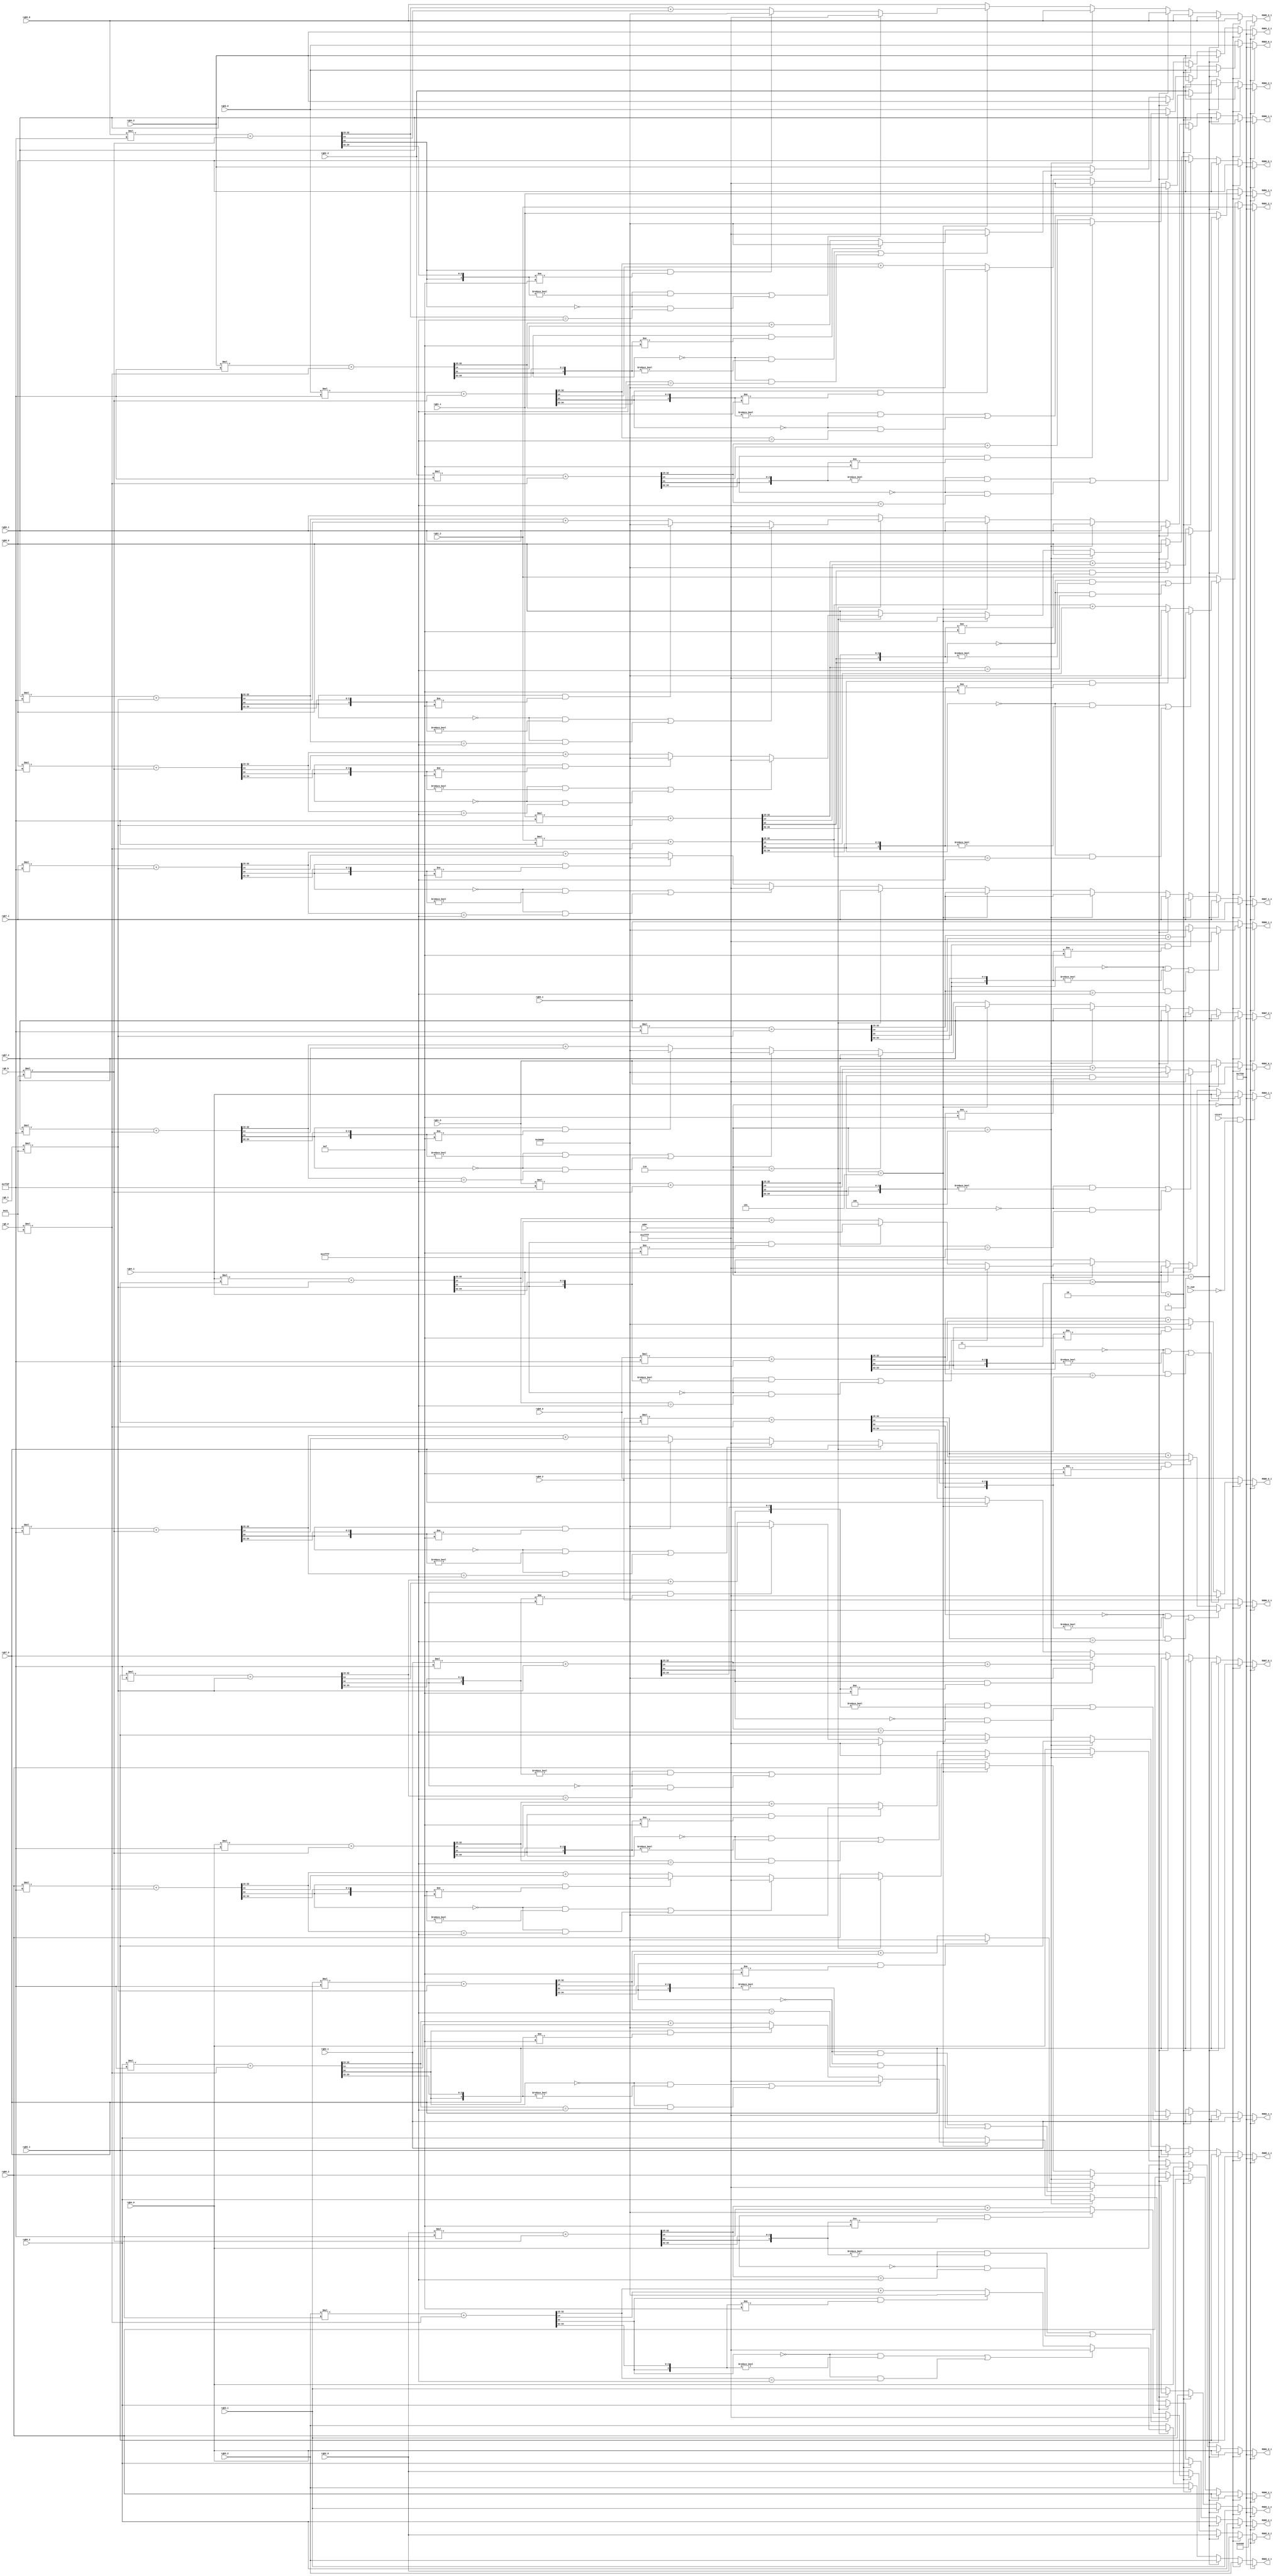
// -------------------------------------------------------------
// 
// 
// Generated by MATLAB 9.6 and HDL Coder 3.14
// 
// -------------------------------------------------------------


// -------------------------------------------------------------
// 
// Module: K_Means_ip_src_MATLAB_Function
// Source Path: Sementation_8K/Segmentation_HW/K-Means/Clustering/MATLAB Function
// Hierarchy Level: 3
// 
// -------------------------------------------------------------

`timescale 1 ns / 1 ns

module K_Means_ip_src_MATLAB_Function
          (vstart,
           fr_num,
           addr,
           rgb_0,
           rgb_1,
           rgb_2,
           rgb0_0,
           rgb0_1,
           rgb0_2,
           rgb1_0,
           rgb1_1,
           rgb1_2,
           rgb2_0,
           rgb2_1,
           rgb2_2,
           rgb3_0,
           rgb3_1,
           rgb3_2,
           rgb4_0,
           rgb4_1,
           rgb4_2,
           rgb5_0,
           rgb5_1,
           rgb5_2,
           rgb6_0,
           rgb6_1,
           rgb6_2,
           rgb7_0,
           rgb7_1,
           rgb7_2,
           RGB0_0_1,
           RGB0_1_1,
           RGB0_2_1,
           RGB1_0_1,
           RGB1_1_1,
           RGB1_2_1,
           RGB2_0_1,
           RGB2_1_1,
           RGB2_2_1,
           RGB3_0_1,
           RGB3_1_1,
           RGB3_2_1,
           RGB4_0_1,
           RGB4_1_1,
           RGB4_2_1,
           RGB5_0_1,
           RGB5_1_1,
           RGB5_2_1,
           RGB6_0_1,
           RGB6_1_1,
           RGB6_2_1,
           RGB7_0_1,
           RGB7_1_1,
           RGB7_2_1);


  input   vstart;
  input   [11:0] fr_num;  // ufix12
  input   [2:0] addr;  // ufix3
  input   signed [17:0] rgb_0;  // sfix18_En8
  input   signed [17:0] rgb_1;  // sfix18_En8
  input   signed [17:0] rgb_2;  // sfix18_En8
  input   signed [17:0] rgb0_0;  // sfix18_En8
  input   signed [17:0] rgb0_1;  // sfix18_En8
  input   signed [17:0] rgb0_2;  // sfix18_En8
  input   signed [17:0] rgb1_0;  // sfix18_En8
  input   signed [17:0] rgb1_1;  // sfix18_En8
  input   signed [17:0] rgb1_2;  // sfix18_En8
  input   signed [17:0] rgb2_0;  // sfix18_En8
  input   signed [17:0] rgb2_1;  // sfix18_En8
  input   signed [17:0] rgb2_2;  // sfix18_En8
  input   signed [17:0] rgb3_0;  // sfix18_En8
  input   signed [17:0] rgb3_1;  // sfix18_En8
  input   signed [17:0] rgb3_2;  // sfix18_En8
  input   signed [17:0] rgb4_0;  // sfix18_En8
  input   signed [17:0] rgb4_1;  // sfix18_En8
  input   signed [17:0] rgb4_2;  // sfix18_En8
  input   signed [17:0] rgb5_0;  // sfix18_En8
  input   signed [17:0] rgb5_1;  // sfix18_En8
  input   signed [17:0] rgb5_2;  // sfix18_En8
  input   signed [17:0] rgb6_0;  // sfix18_En8
  input   signed [17:0] rgb6_1;  // sfix18_En8
  input   signed [17:0] rgb6_2;  // sfix18_En8
  input   signed [17:0] rgb7_0;  // sfix18_En8
  input   signed [17:0] rgb7_1;  // sfix18_En8
  input   signed [17:0] rgb7_2;  // sfix18_En8
  output  signed [17:0] RGB0_0_1;  // sfix18_En8
  output  signed [17:0] RGB0_1_1;  // sfix18_En8
  output  signed [17:0] RGB0_2_1;  // sfix18_En8
  output  signed [17:0] RGB1_0_1;  // sfix18_En8
  output  signed [17:0] RGB1_1_1;  // sfix18_En8
  output  signed [17:0] RGB1_2_1;  // sfix18_En8
  output  signed [17:0] RGB2_0_1;  // sfix18_En8
  output  signed [17:0] RGB2_1_1;  // sfix18_En8
  output  signed [17:0] RGB2_2_1;  // sfix18_En8
  output  signed [17:0] RGB3_0_1;  // sfix18_En8
  output  signed [17:0] RGB3_1_1;  // sfix18_En8
  output  signed [17:0] RGB3_2_1;  // sfix18_En8
  output  signed [17:0] RGB4_0_1;  // sfix18_En8
  output  signed [17:0] RGB4_1_1;  // sfix18_En8
  output  signed [17:0] RGB4_2_1;  // sfix18_En8
  output  signed [17:0] RGB5_0_1;  // sfix18_En8
  output  signed [17:0] RGB5_1_1;  // sfix18_En8
  output  signed [17:0] RGB5_2_1;  // sfix18_En8
  output  signed [17:0] RGB6_0_1;  // sfix18_En8
  output  signed [17:0] RGB6_1_1;  // sfix18_En8
  output  signed [17:0] RGB6_2_1;  // sfix18_En8
  output  signed [17:0] RGB7_0_1;  // sfix18_En8
  output  signed [17:0] RGB7_1_1;  // sfix18_En8
  output  signed [17:0] RGB7_2_1;  // sfix18_En8


  wire signed [17:0] rgb [0:2];  // sfix18_En8 [3]
  wire signed [17:0] rgb0 [0:2];  // sfix18_En8 [3]
  wire signed [17:0] rgb1 [0:2];  // sfix18_En8 [3]
  wire signed [17:0] rgb2 [0:2];  // sfix18_En8 [3]
  wire signed [17:0] rgb3 [0:2];  // sfix18_En8 [3]
  wire signed [17:0] rgb4 [0:2];  // sfix18_En8 [3]
  wire signed [17:0] rgb5 [0:2];  // sfix18_En8 [3]
  wire signed [17:0] rgb6 [0:2];  // sfix18_En8 [3]
  wire signed [17:0] rgb7 [0:2];  // sfix18_En8 [3]
  reg signed [17:0] RGB0_3 [0:2];  // sfix18_En8 [3]
  reg signed [17:0] RGB1_3 [0:2];  // sfix18_En8 [3]
  reg signed [17:0] RGB2_3 [0:2];  // sfix18_En8 [3]
  reg signed [17:0] RGB3_3 [0:2];  // sfix18_En8 [3]
  reg signed [17:0] RGB4_3 [0:2];  // sfix18_En8 [3]
  reg signed [17:0] RGB5_3 [0:2];  // sfix18_En8 [3]
  reg signed [17:0] RGB6_3 [0:2];  // sfix18_En8 [3]
  reg signed [17:0] RGB7_3 [0:2];  // sfix18_En8 [3]
  reg signed [35:0] rgb_alpha [0:2];  // sfix36_En23 [3]
  reg signed [31:0] t_0;  // int32
  reg signed [31:0] t_1;  // int32
  reg signed [31:0] t_2;  // int32
  reg signed [31:0] t_3;  // int32
  reg signed [31:0] t_4;  // int32
  reg signed [31:0] t_5;  // int32
  reg signed [31:0] t_6;  // int32
  reg signed [31:0] t_7;  // int32
  reg signed [31:0] t_8;  // int32
  reg signed [31:0] t_9;  // int32
  reg signed [17:0] t_10 [0:2];  // sfix18_En8 [3]
  reg signed [33:0] mul_temp [0:2];  // sfix34_En23 [3]
  reg signed [36:0] add_cast [0:2];  // sfix37_En23 [3]
  reg signed [36:0] add_cast_0 [0:2];  // sfix37_En23 [3]
  reg signed [36:0] add_temp [0:2];  // sfix37_En23 [3]
  reg signed [33:0] mul_temp_0 [0:2];  // sfix34_En23 [3]
  reg signed [36:0] add_cast_1 [0:2];  // sfix37_En23 [3]
  reg signed [36:0] add_cast_2 [0:2];  // sfix37_En23 [3]
  reg signed [36:0] add_temp_0 [0:2];  // sfix37_En23 [3]
  reg signed [33:0] mul_temp_1 [0:2];  // sfix34_En23 [3]
  reg signed [36:0] add_cast_3 [0:2];  // sfix37_En23 [3]
  reg signed [36:0] add_cast_4 [0:2];  // sfix37_En23 [3]
  reg signed [36:0] add_temp_1 [0:2];  // sfix37_En23 [3]
  reg signed [33:0] mul_temp_2 [0:2];  // sfix34_En23 [3]
  reg signed [36:0] add_cast_5 [0:2];  // sfix37_En23 [3]
  reg signed [36:0] add_cast_6 [0:2];  // sfix37_En23 [3]
  reg signed [36:0] add_temp_2 [0:2];  // sfix37_En23 [3]
  reg signed [33:0] mul_temp_3 [0:2];  // sfix34_En23 [3]
  reg signed [36:0] add_cast_7 [0:2];  // sfix37_En23 [3]
  reg signed [36:0] add_cast_8 [0:2];  // sfix37_En23 [3]
  reg signed [36:0] add_temp_3 [0:2];  // sfix37_En23 [3]
  reg signed [33:0] mul_temp_4 [0:2];  // sfix34_En23 [3]
  reg signed [36:0] add_cast_9 [0:2];  // sfix37_En23 [3]
  reg signed [36:0] add_cast_10 [0:2];  // sfix37_En23 [3]
  reg signed [36:0] add_temp_4 [0:2];  // sfix37_En23 [3]
  reg signed [33:0] mul_temp_5 [0:2];  // sfix34_En23 [3]
  reg signed [36:0] add_cast_11 [0:2];  // sfix37_En23 [3]
  reg signed [36:0] add_cast_12 [0:2];  // sfix37_En23 [3]
  reg signed [36:0] add_temp_5 [0:2];  // sfix37_En23 [3]
  reg signed [33:0] mul_temp_6 [0:2];  // sfix34_En23 [3]
  reg signed [36:0] add_cast_13 [0:2];  // sfix37_En23 [3]
  reg signed [36:0] add_cast_14 [0:2];  // sfix37_En23 [3]
  reg signed [36:0] add_temp_6 [0:2];  // sfix37_En23 [3]


  assign rgb[0] = rgb_0;
  assign rgb[1] = rgb_1;
  assign rgb[2] = rgb_2;

  assign rgb0[0] = rgb0_0;
  assign rgb0[1] = rgb0_1;
  assign rgb0[2] = rgb0_2;

  assign rgb1[0] = rgb1_0;
  assign rgb1[1] = rgb1_1;
  assign rgb1[2] = rgb1_2;

  assign rgb2[0] = rgb2_0;
  assign rgb2[1] = rgb2_1;
  assign rgb2[2] = rgb2_2;

  assign rgb3[0] = rgb3_0;
  assign rgb3[1] = rgb3_1;
  assign rgb3[2] = rgb3_2;

  assign rgb4[0] = rgb4_0;
  assign rgb4[1] = rgb4_1;
  assign rgb4[2] = rgb4_2;

  assign rgb5[0] = rgb5_0;
  assign rgb5[1] = rgb5_1;
  assign rgb5[2] = rgb5_2;

  assign rgb6[0] = rgb6_0;
  assign rgb6[1] = rgb6_1;
  assign rgb6[2] = rgb6_2;

  assign rgb7[0] = rgb7_0;
  assign rgb7[1] = rgb7_1;
  assign rgb7[2] = rgb7_2;

  always @* begin
    t_10[0] = 18'sb000110010000000000;
    t_10[1] = 18'sb000111111100000000;
    t_10[2] = 18'sb000111111100000000;

    for(t_0 = 32'sd0; t_0 <= 32'sd2; t_0 = t_0 + 32'sd1) begin
      rgb_alpha[t_0] = rgb[t_0] * 18'sb000000000000100001;
    end

    if (vstart && (fr_num == 12'b000000000000)) begin

      for(t_1 = 32'sd0; t_1 <= 32'sd2; t_1 = t_1 + 32'sd1) begin
        RGB0_3[t_1] = 18'sb000111111100000000;
        RGB1_3[t_1] = 18'sb000111111100000000;
        RGB2_3[t_1] = t_10[t_1];
        RGB3_3[t_1] = 18'sb000111111100000000;
        RGB4_3[t_1] = 18'sb000111111100000000;
        RGB5_3[t_1] = 18'sb000111111100000000;
        RGB6_3[t_1] = 18'sb000111111100000000;
        RGB7_3[t_1] = 18'sb000111111100000000;
      end

    end
    else if (addr == 3'b000) begin

      for(t_2 = 32'sd0; t_2 <= 32'sd2; t_2 = t_2 + 32'sd1) begin
        mul_temp[t_2] = rgb0[t_2] * 16'sb0111111111011111;
        add_cast[t_2] = {{3{mul_temp[t_2][33]}}, mul_temp[t_2]};
        add_cast_0[t_2] = {rgb_alpha[t_2][35], rgb_alpha[t_2]};
        add_temp[t_2] = add_cast[t_2] + add_cast_0[t_2];
        if (((add_temp[t_2][36] == 1'b0) && (add_temp[t_2][35:32] != 4'b0000)) || ((add_temp[t_2][36] == 1'b0) && (add_temp[t_2][32:15] == 18'sb011111111111111111))) begin
          RGB0_3[t_2] = 18'sb011111111111111111;
        end
        else if ((add_temp[t_2][36] == 1'b1) && (add_temp[t_2][35:32] != 4'b1111)) begin
          RGB0_3[t_2] = 18'sb100000000000000000;
        end
        else begin
          RGB0_3[t_2] = add_temp[t_2][32:15] + $signed({1'b0, add_temp[t_2][14]});
        end
        RGB1_3[t_2] = rgb1[t_2];
        RGB2_3[t_2] = rgb2[t_2];
        RGB3_3[t_2] = rgb3[t_2];
        RGB4_3[t_2] = rgb4[t_2];
        RGB5_3[t_2] = rgb5[t_2];
        RGB6_3[t_2] = rgb6[t_2];
        RGB7_3[t_2] = rgb7[t_2];
      end

    end
    else if (addr == 3'b001) begin

      for(t_3 = 32'sd0; t_3 <= 32'sd2; t_3 = t_3 + 32'sd1) begin
        RGB0_3[t_3] = rgb0[t_3];
        mul_temp_0[t_3] = rgb1[t_3] * 16'sb0111111111011111;
        add_cast_1[t_3] = {{3{mul_temp_0[t_3][33]}}, mul_temp_0[t_3]};
        add_cast_2[t_3] = {rgb_alpha[t_3][35], rgb_alpha[t_3]};
        add_temp_0[t_3] = add_cast_1[t_3] + add_cast_2[t_3];
        if (((add_temp_0[t_3][36] == 1'b0) && (add_temp_0[t_3][35:32] != 4'b0000)) || ((add_temp_0[t_3][36] == 1'b0) && (add_temp_0[t_3][32:15] == 18'sb011111111111111111))) begin
          RGB1_3[t_3] = 18'sb011111111111111111;
        end
        else if ((add_temp_0[t_3][36] == 1'b1) && (add_temp_0[t_3][35:32] != 4'b1111)) begin
          RGB1_3[t_3] = 18'sb100000000000000000;
        end
        else begin
          RGB1_3[t_3] = add_temp_0[t_3][32:15] + $signed({1'b0, add_temp_0[t_3][14]});
        end
        RGB2_3[t_3] = rgb2[t_3];
        RGB3_3[t_3] = rgb3[t_3];
        RGB4_3[t_3] = rgb4[t_3];
        RGB5_3[t_3] = rgb5[t_3];
        RGB6_3[t_3] = rgb6[t_3];
        RGB7_3[t_3] = rgb7[t_3];
      end

    end
    else if (addr == 3'b010) begin

      for(t_4 = 32'sd0; t_4 <= 32'sd2; t_4 = t_4 + 32'sd1) begin
        RGB0_3[t_4] = rgb0[t_4];
        RGB1_3[t_4] = rgb1[t_4];
        mul_temp_1[t_4] = rgb2[t_4] * 16'sb0111111111011111;
        add_cast_3[t_4] = {{3{mul_temp_1[t_4][33]}}, mul_temp_1[t_4]};
        add_cast_4[t_4] = {rgb_alpha[t_4][35], rgb_alpha[t_4]};
        add_temp_1[t_4] = add_cast_3[t_4] + add_cast_4[t_4];
        if (((add_temp_1[t_4][36] == 1'b0) && (add_temp_1[t_4][35:32] != 4'b0000)) || ((add_temp_1[t_4][36] == 1'b0) && (add_temp_1[t_4][32:15] == 18'sb011111111111111111))) begin
          RGB2_3[t_4] = 18'sb011111111111111111;
        end
        else if ((add_temp_1[t_4][36] == 1'b1) && (add_temp_1[t_4][35:32] != 4'b1111)) begin
          RGB2_3[t_4] = 18'sb100000000000000000;
        end
        else begin
          RGB2_3[t_4] = add_temp_1[t_4][32:15] + $signed({1'b0, add_temp_1[t_4][14]});
        end
        RGB3_3[t_4] = rgb3[t_4];
        RGB4_3[t_4] = rgb4[t_4];
        RGB5_3[t_4] = rgb5[t_4];
        RGB6_3[t_4] = rgb6[t_4];
        RGB7_3[t_4] = rgb7[t_4];
      end

    end
    else if (addr == 3'b011) begin

      for(t_5 = 32'sd0; t_5 <= 32'sd2; t_5 = t_5 + 32'sd1) begin
        RGB0_3[t_5] = rgb0[t_5];
        RGB1_3[t_5] = rgb1[t_5];
        RGB2_3[t_5] = rgb2[t_5];
        mul_temp_2[t_5] = rgb3[t_5] * 16'sb0111111111011111;
        add_cast_5[t_5] = {{3{mul_temp_2[t_5][33]}}, mul_temp_2[t_5]};
        add_cast_6[t_5] = {rgb_alpha[t_5][35], rgb_alpha[t_5]};
        add_temp_2[t_5] = add_cast_5[t_5] + add_cast_6[t_5];
        if (((add_temp_2[t_5][36] == 1'b0) && (add_temp_2[t_5][35:32] != 4'b0000)) || ((add_temp_2[t_5][36] == 1'b0) && (add_temp_2[t_5][32:15] == 18'sb011111111111111111))) begin
          RGB3_3[t_5] = 18'sb011111111111111111;
        end
        else if ((add_temp_2[t_5][36] == 1'b1) && (add_temp_2[t_5][35:32] != 4'b1111)) begin
          RGB3_3[t_5] = 18'sb100000000000000000;
        end
        else begin
          RGB3_3[t_5] = add_temp_2[t_5][32:15] + $signed({1'b0, add_temp_2[t_5][14]});
        end
        RGB4_3[t_5] = rgb4[t_5];
        RGB5_3[t_5] = rgb5[t_5];
        RGB6_3[t_5] = rgb6[t_5];
        RGB7_3[t_5] = rgb7[t_5];
      end

    end
    else if (addr == 3'b100) begin

      for(t_6 = 32'sd0; t_6 <= 32'sd2; t_6 = t_6 + 32'sd1) begin
        RGB0_3[t_6] = rgb0[t_6];
        RGB1_3[t_6] = rgb1[t_6];
        RGB2_3[t_6] = rgb2[t_6];
        RGB3_3[t_6] = rgb3[t_6];
        mul_temp_3[t_6] = rgb4[t_6] * 16'sb0111111111011111;
        add_cast_7[t_6] = {{3{mul_temp_3[t_6][33]}}, mul_temp_3[t_6]};
        add_cast_8[t_6] = {rgb_alpha[t_6][35], rgb_alpha[t_6]};
        add_temp_3[t_6] = add_cast_7[t_6] + add_cast_8[t_6];
        if (((add_temp_3[t_6][36] == 1'b0) && (add_temp_3[t_6][35:32] != 4'b0000)) || ((add_temp_3[t_6][36] == 1'b0) && (add_temp_3[t_6][32:15] == 18'sb011111111111111111))) begin
          RGB4_3[t_6] = 18'sb011111111111111111;
        end
        else if ((add_temp_3[t_6][36] == 1'b1) && (add_temp_3[t_6][35:32] != 4'b1111)) begin
          RGB4_3[t_6] = 18'sb100000000000000000;
        end
        else begin
          RGB4_3[t_6] = add_temp_3[t_6][32:15] + $signed({1'b0, add_temp_3[t_6][14]});
        end
        RGB5_3[t_6] = rgb5[t_6];
        RGB6_3[t_6] = rgb6[t_6];
        RGB7_3[t_6] = rgb7[t_6];
      end

    end
    else if (addr == 3'b101) begin

      for(t_7 = 32'sd0; t_7 <= 32'sd2; t_7 = t_7 + 32'sd1) begin
        RGB0_3[t_7] = rgb0[t_7];
        RGB1_3[t_7] = rgb1[t_7];
        RGB2_3[t_7] = rgb2[t_7];
        RGB3_3[t_7] = rgb3[t_7];
        RGB4_3[t_7] = rgb4[t_7];
        mul_temp_4[t_7] = rgb5[t_7] * 16'sb0111111111011111;
        add_cast_9[t_7] = {{3{mul_temp_4[t_7][33]}}, mul_temp_4[t_7]};
        add_cast_10[t_7] = {rgb_alpha[t_7][35], rgb_alpha[t_7]};
        add_temp_4[t_7] = add_cast_9[t_7] + add_cast_10[t_7];
        if (((add_temp_4[t_7][36] == 1'b0) && (add_temp_4[t_7][35:32] != 4'b0000)) || ((add_temp_4[t_7][36] == 1'b0) && (add_temp_4[t_7][32:15] == 18'sb011111111111111111))) begin
          RGB5_3[t_7] = 18'sb011111111111111111;
        end
        else if ((add_temp_4[t_7][36] == 1'b1) && (add_temp_4[t_7][35:32] != 4'b1111)) begin
          RGB5_3[t_7] = 18'sb100000000000000000;
        end
        else begin
          RGB5_3[t_7] = add_temp_4[t_7][32:15] + $signed({1'b0, add_temp_4[t_7][14]});
        end
        RGB6_3[t_7] = rgb6[t_7];
        RGB7_3[t_7] = rgb7[t_7];
      end

    end
    else if (addr == 3'b110) begin

      for(t_9 = 32'sd0; t_9 <= 32'sd2; t_9 = t_9 + 32'sd1) begin
        RGB0_3[t_9] = rgb0[t_9];
        RGB1_3[t_9] = rgb1[t_9];
        RGB2_3[t_9] = rgb2[t_9];
        RGB3_3[t_9] = rgb3[t_9];
        RGB4_3[t_9] = rgb4[t_9];
        RGB5_3[t_9] = rgb5[t_9];
        mul_temp_5[t_9] = rgb6[t_9] * 16'sb0111111111011111;
        add_cast_11[t_9] = {{3{mul_temp_5[t_9][33]}}, mul_temp_5[t_9]};
        add_cast_12[t_9] = {rgb_alpha[t_9][35], rgb_alpha[t_9]};
        add_temp_5[t_9] = add_cast_11[t_9] + add_cast_12[t_9];
        if (((add_temp_5[t_9][36] == 1'b0) && (add_temp_5[t_9][35:32] != 4'b0000)) || ((add_temp_5[t_9][36] == 1'b0) && (add_temp_5[t_9][32:15] == 18'sb011111111111111111))) begin
          RGB6_3[t_9] = 18'sb011111111111111111;
        end
        else if ((add_temp_5[t_9][36] == 1'b1) && (add_temp_5[t_9][35:32] != 4'b1111)) begin
          RGB6_3[t_9] = 18'sb100000000000000000;
        end
        else begin
          RGB6_3[t_9] = add_temp_5[t_9][32:15] + $signed({1'b0, add_temp_5[t_9][14]});
        end
        RGB7_3[t_9] = rgb7[t_9];
      end

    end
    else begin

      for(t_8 = 32'sd0; t_8 <= 32'sd2; t_8 = t_8 + 32'sd1) begin
        RGB0_3[t_8] = rgb0[t_8];
        RGB1_3[t_8] = rgb1[t_8];
        RGB2_3[t_8] = rgb2[t_8];
        RGB3_3[t_8] = rgb3[t_8];
        RGB4_3[t_8] = rgb4[t_8];
        RGB5_3[t_8] = rgb5[t_8];
        RGB6_3[t_8] = rgb6[t_8];
        mul_temp_6[t_8] = rgb7[t_8] * 16'sb0111111111011111;
        add_cast_13[t_8] = {{3{mul_temp_6[t_8][33]}}, mul_temp_6[t_8]};
        add_cast_14[t_8] = {rgb_alpha[t_8][35], rgb_alpha[t_8]};
        add_temp_6[t_8] = add_cast_13[t_8] + add_cast_14[t_8];
        if (((add_temp_6[t_8][36] == 1'b0) && (add_temp_6[t_8][35:32] != 4'b0000)) || ((add_temp_6[t_8][36] == 1'b0) && (add_temp_6[t_8][32:15] == 18'sb011111111111111111))) begin
          RGB7_3[t_8] = 18'sb011111111111111111;
        end
        else if ((add_temp_6[t_8][36] == 1'b1) && (add_temp_6[t_8][35:32] != 4'b1111)) begin
          RGB7_3[t_8] = 18'sb100000000000000000;
        end
        else begin
          RGB7_3[t_8] = add_temp_6[t_8][32:15] + $signed({1'b0, add_temp_6[t_8][14]});
        end
      end

    end
  end



  assign RGB0_0_1 = RGB0_3[0];

  assign RGB0_1_1 = RGB0_3[1];

  assign RGB0_2_1 = RGB0_3[2];

  assign RGB1_0_1 = RGB1_3[0];

  assign RGB1_1_1 = RGB1_3[1];

  assign RGB1_2_1 = RGB1_3[2];

  assign RGB2_0_1 = RGB2_3[0];

  assign RGB2_1_1 = RGB2_3[1];

  assign RGB2_2_1 = RGB2_3[2];

  assign RGB3_0_1 = RGB3_3[0];

  assign RGB3_1_1 = RGB3_3[1];

  assign RGB3_2_1 = RGB3_3[2];

  assign RGB4_0_1 = RGB4_3[0];

  assign RGB4_1_1 = RGB4_3[1];

  assign RGB4_2_1 = RGB4_3[2];

  assign RGB5_0_1 = RGB5_3[0];

  assign RGB5_1_1 = RGB5_3[1];

  assign RGB5_2_1 = RGB5_3[2];

  assign RGB6_0_1 = RGB6_3[0];

  assign RGB6_1_1 = RGB6_3[1];

  assign RGB6_2_1 = RGB6_3[2];

  assign RGB7_0_1 = RGB7_3[0];

  assign RGB7_1_1 = RGB7_3[1];

  assign RGB7_2_1 = RGB7_3[2];

endmodule  // K_Means_ip_src_MATLAB_Function